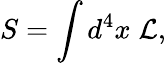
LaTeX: S=\int d^{4}x\; {\cal L},